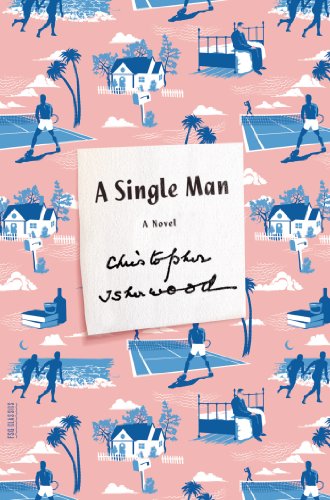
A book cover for A Single Man: A Novel (FSG Classics); Christopher Isherwood; Literature & Fiction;